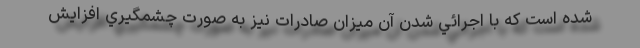
شده است كه با اجرائي شدن آن ميزان صادرات نيز به صورت چشمگيري افزايش